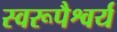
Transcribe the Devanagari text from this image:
स्वरूपैश्वर्य